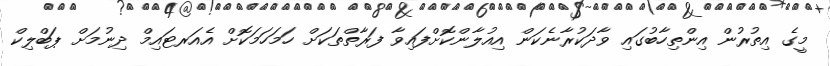
މީގެ އިތުރުން އިންތިހާބުގައި ވާދަކުރާނެކަން އިއުލާންކޮށްފައިވާ ފަރާތްތަކަށް ހަމަހަމަކޮށް އެއަރޓައިމް ދިނުމަށް ޕަބްލިކް